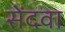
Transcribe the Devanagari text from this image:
सेंदवा